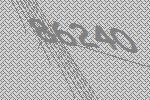
86240